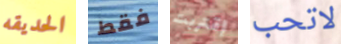
الحديقه فقط إقتربت لاتحب